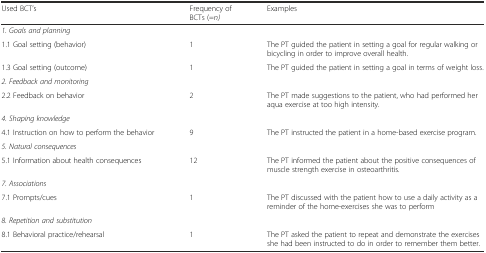
<table><thead><tr><td><b>Used BCT’s</b></td><td><b>Frequency of BCTs (=<i>n)</i></b></td><td><b>Examples</b></td></tr></thead><tbody><tr><td><i>1. Goals and planning</i></td><td></td><td></td></tr><tr><td>1.1 Goal setting (behavior)</td><td>1</td><td>The PT guided the patient in setting a goal for regular walking or bicycling in order to improve overall health.</td></tr><tr><td>1.3 Goal setting (outcome)</td><td>1</td><td>The PT guided the patient in setting a goal in terms of weight loss.</td></tr><tr><td><i>2. Feedback and monitoring</i></td><td></td><td></td></tr><tr><td>2.2 Feedback on behavior</td><td>2</td><td>The PT made suggestions to the patient, who had performed her aqua exercise at too high intensity.</td></tr><tr><td><i>4. Shaping knowledge</i></td><td></td><td></td></tr><tr><td>4.1 Instruction on how to perform the behavior</td><td>9</td><td>The PT instructed the patient in a home-based exercise program.</td></tr><tr><td><i>5. Natural consequences</i></td><td></td><td></td></tr><tr><td>5.1 Information about health consequences</td><td>12</td><td>The PT informed the patient about the positive consequences of muscle strength exercise in osteoarthritis.</td></tr><tr><td><i>7. Associations</i></td><td></td><td></td></tr><tr><td>7.1 Prompts/cues</td><td>1</td><td>The PT discussed with the patient how to use a daily activity as a reminder of the home-exercises she was to perform</td></tr><tr><td><i>8. Repetition and substitution</i></td><td></td><td></td></tr><tr><td>8.1 Behavioral practice/rehearsal</td><td>1</td><td>The PT asked the patient to repeat and demonstrate the exercises she had been instructed to do in order to remember them better.</td></tr></tbody></table>